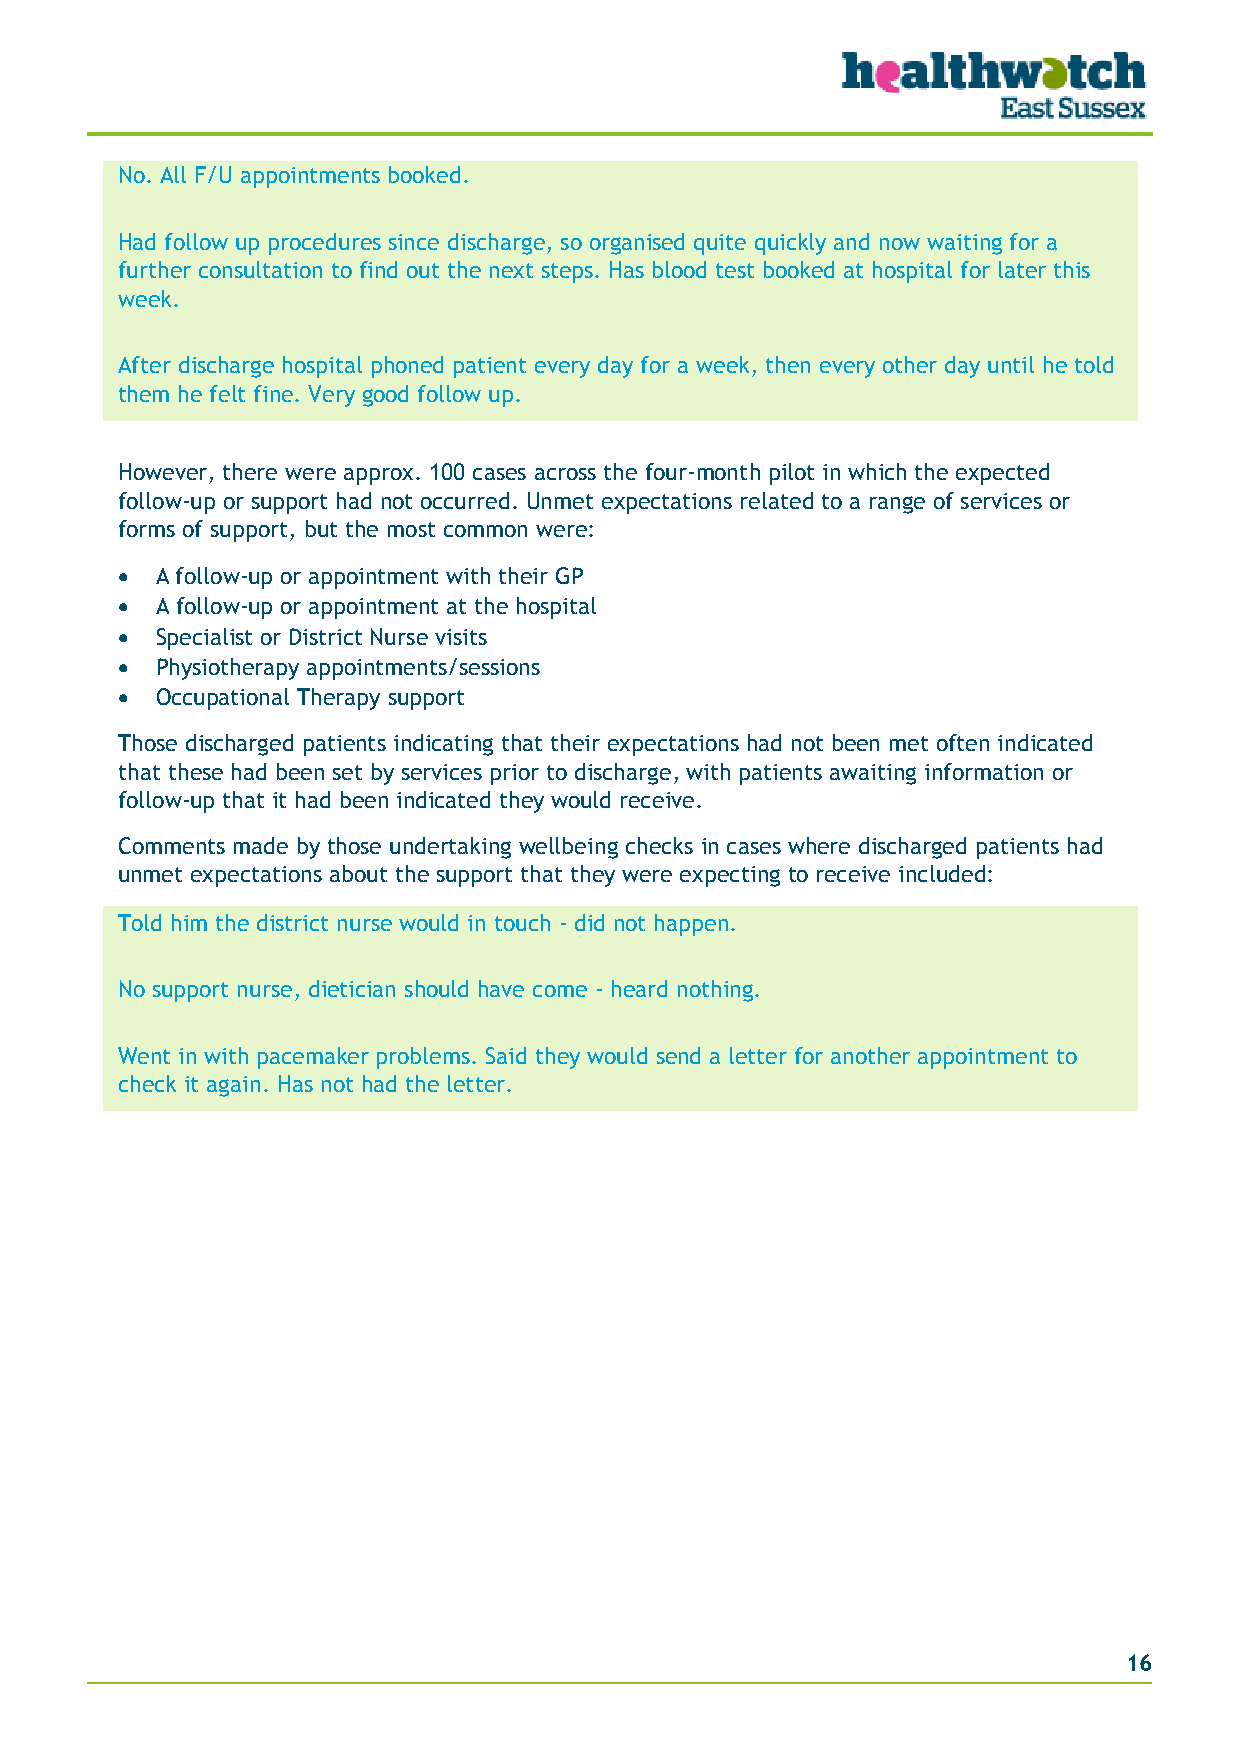
No. All F/U appointments booked.
 Had follow up procedures since discharge, so organised quite quickly and now waiting for a
 further consultation to find out the next steps. Has blood test booked at hospital for later this
 week.
 After discharge hospital phoned patient every day for a week, then every other day until he told
 them he felt fine. Very good follow up.
 However, there were approx. 100 cases across the four-month pilot in which the expected
 follow-up or support had not occurred. Unmet expectations related to a range of services or
 forms of support, but the most common were:
 • A follow-up or appointment with their GP
 • A follow-up or appointment at the hospital
 • Specialist or District Nurse visits
 • Physiotherapy appointments/sessions
 • Occupational Therapy support
 Those discharged patients indicating that their expectations had not been met often indicated
 that these had been set by services prior to discharge, with patients awaiting information or
 follow-up that it had been indicated they would receive.
 Comments made by those undertaking wellbeing checks in cases where discharged patients had
 unmet expectations about the support that they were expecting to receive included:
 Told him the district nurse would in touch - did not happen.
 No support nurse, dietician should have come - heard nothing.
 Went in with pacemaker problems. Said they would send a letter for another appointment to
 check it again. Has not had the letter.
 16